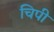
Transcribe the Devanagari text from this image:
चिपी